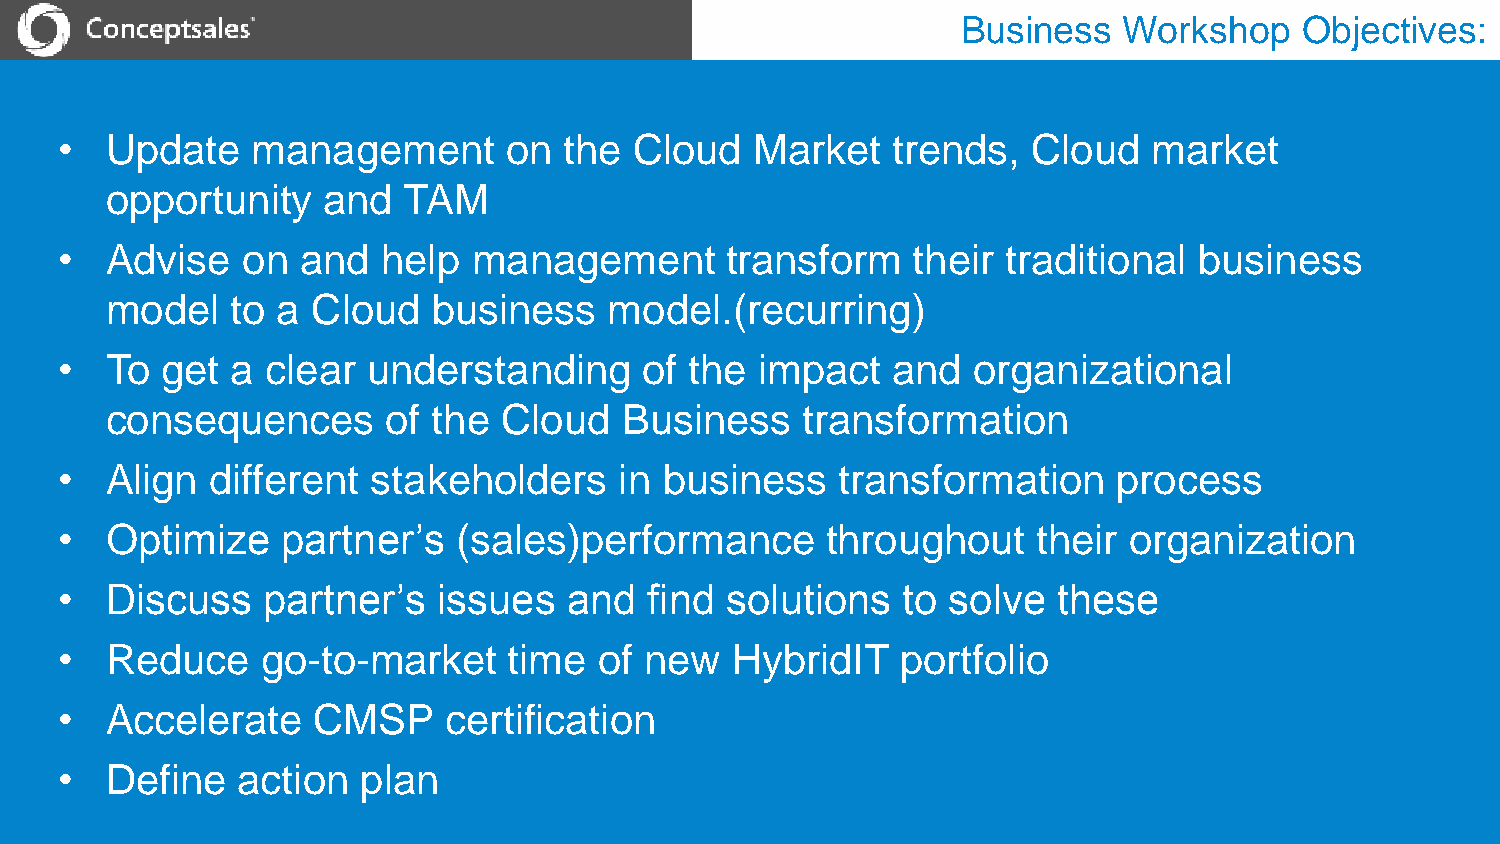
Business  Workshop    Objectives:
 •  Update    management      on  the  Cloud   Market   trends,  Cloud   market
 opportunity   and   TAM
 •  Advise   on  and  help  management       transform   their  traditional business
 model   to a  Cloud   business   model.(recurring)
 •  To  get a  clear understanding      of the impact   and  organizational
 consequences       of the Cloud   Business    transformation
 •  Align  different  stakeholders    in business    transformation    process
 •  Optimize    partner’s  (sales)performance       throughout    their organization
 •  Discuss   partner’s   issues   and  find solutions   to solve  these
 •  Reduce    go-to-market     time  of new  HybridIT    portfolio
 •  Accelerate    CMSP    certification
 •  Define   action  plan